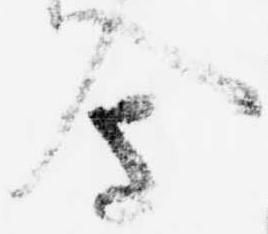
会